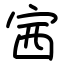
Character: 𡧳